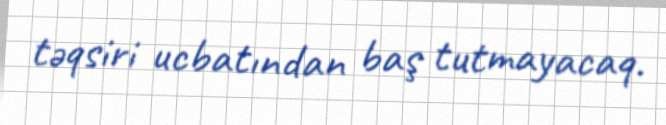
təqsiri ucbatından baş tutmayacaq.